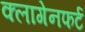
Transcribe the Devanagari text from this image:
क्लागेनफर्ट